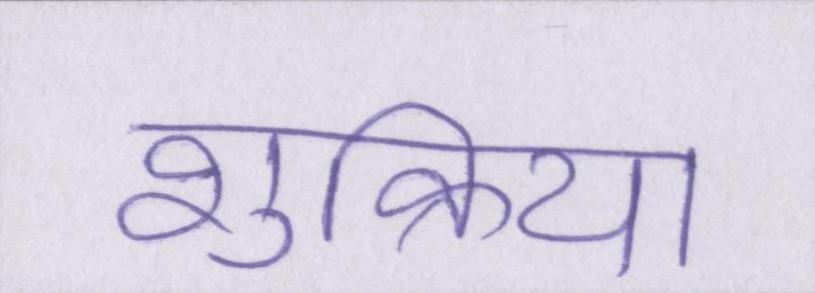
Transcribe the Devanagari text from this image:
शुक्रिया